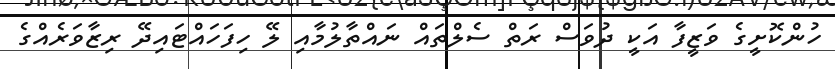
ހުންކޮށީގެ ވަޒީފާ އަކީ ދުވަސް ރަތް ސެލްތައް ނައްތާލުމާއި ލޭ ހިފަހައްޓައިދޭ ރިޒާވަރެއްގެ